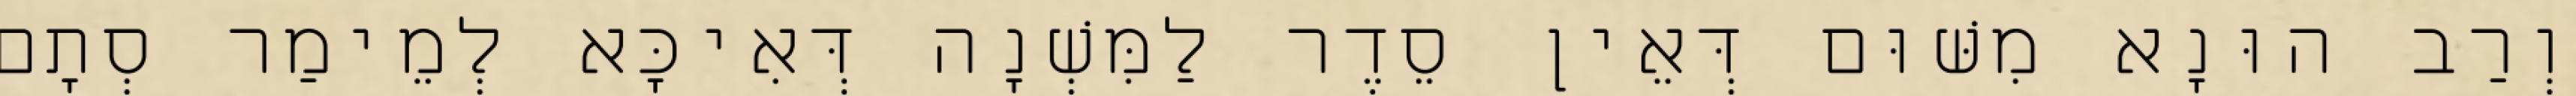
וְרַב הוּנָא מִשּׁוּם דְּאֵין סֵדֶר לַמִּשְׁנָה דְּאִיכָּא לְמֵימַר סְתָם